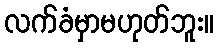
လက်ခံမှာမဟုတ်ဘူး။